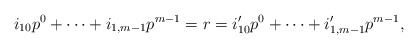
\begin{align*}i_{10}p^0+\cdots+i_{1,m-1}p^{m-1}=r=i_{10}'p^0+\cdots+i_{1,m-1}'p^{m-1},\end{align*}